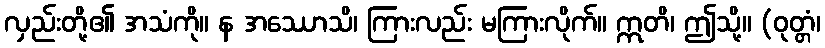
လှည်းတို့၏ အသံကို။ န အဿောသိ၊ ကြားလည်း မကြားလိုက်။ ဣတိ၊ ဤသို့။ (ဝုတ္တံ၊